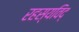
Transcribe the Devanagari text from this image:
रहस्यविद्